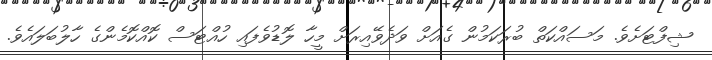
ޝިފްޓަށެވެ. މަސައްކަތް ބުރަކަމުން ގެއަށް ވަދެވޭއިރަށް މީހާ ލޮޑުވެފައި ހުއްޓަސް ކޮއްކޮމެންގެ ހާލުބަލައެވެ.